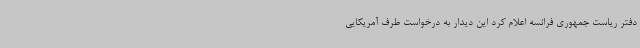
دفتر ریاست جمهوری فرانسه اعلام کرد این دیدار به درخواست طرف آمریکایی